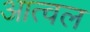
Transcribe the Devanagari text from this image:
आत्वल